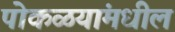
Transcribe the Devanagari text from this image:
पोकळयांमधील